Civil Veterinary Department Bihar & Orissa reports 1929-36 - 1929-1936
Year: 1929
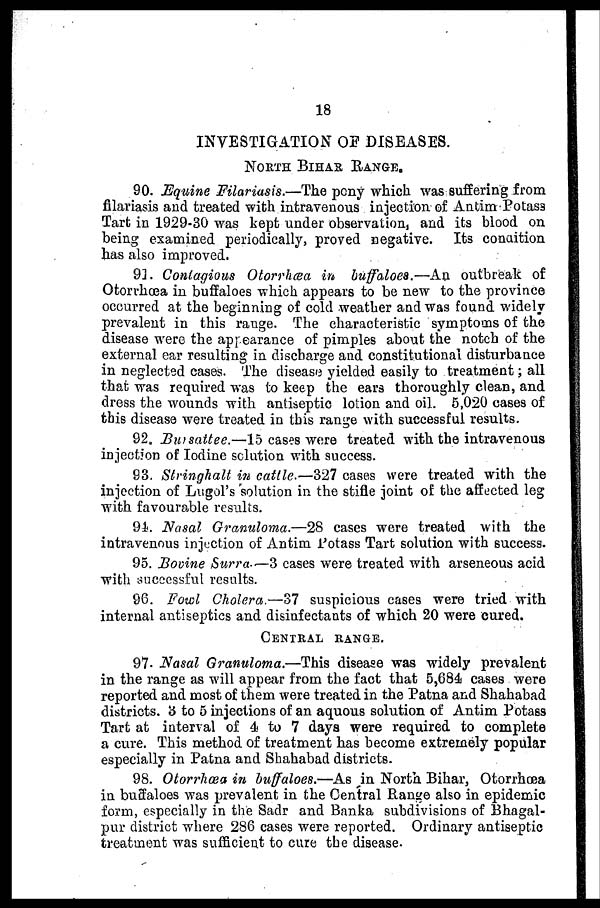
18
INVESTIGATION OF DISEASES.
NORTH BIHAR RANGE.
90. Equine Filariasis.—The pony which was suffering from
filariasis and treated with intravenous injection of Antim Potass
Tart in 1929-30 was kept under observation, and its blood on
being examined periodically, proved negative. Its condition
has also improved.
93. Contagious Otorrhæa in buffaloes.—An outbreak of
Otorrhœa in buffaloes which appears to be new to the province
occurred at the beginning of cold weather and was found widely
prevalent in this range. The characteristic symptoms of the
disease were the appearance of pimples about the notch of the
external ear resulting in discbarge and constitutional disturbance
in neglected cases. The disease yielded easily to treatment; all
that was required was to keep the ears thoroughly clean, and
dress the wounds with antiseptic lotion and oil. 5,020 cases of
this disease were treated in this range with successful results.
92. Bursattee.—15 cases were treated with the intravenous
injection of Iodine solution with success.
93. Stringhalt in cattle.—327 cases were treated with the
injection of Lugol's solution in the stifle joint of the affected leg
with favourable results.
91. Nasal Granuloma.—28 cases were treated with the
intravenous injection of Antim Potass Tart solution with success.
95. Bovine Surra.—3 cases were treated with arseneous acid
with successful results.
96. Fowl Cholera.—37 suspicious cases were tried with
internal antiseptics and disinfectants of which 20 were cured.
CENTRAL RANGE .
97. Nasal Granuloma.—This disease was widely prevalent
in the range as will appear from the fact that 5,684 cases were
reported and most of them were treated in the Patna and Shahabad
districts. 3 to 5 injections of an aquous solution of Antim Potass
Tart at interval of 4 to 7 days were required to complete
a cure. This method of treatment has become extremely popular
especially in Patna and Shahabad districts.
98. Otorrhœa in buffaloes.—As in North Bihar, Otorrhœa
in buffaloes was prevalent in the Central Range also in epidemic
form, especially in the Sadr and Banka subdivisions of Bhagal-
pur district where 286 cases were reported. Ordinary antiseptic
treatment was sufficient to cure the disease.